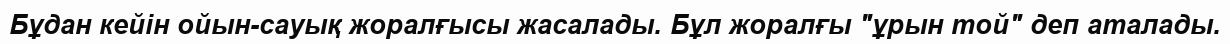
Бұдан кейін ойын-сауық жоралғысы жасалады. Бұл жоралғы "ұрын той" деп аталады.